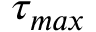
\tau _ { m a x }